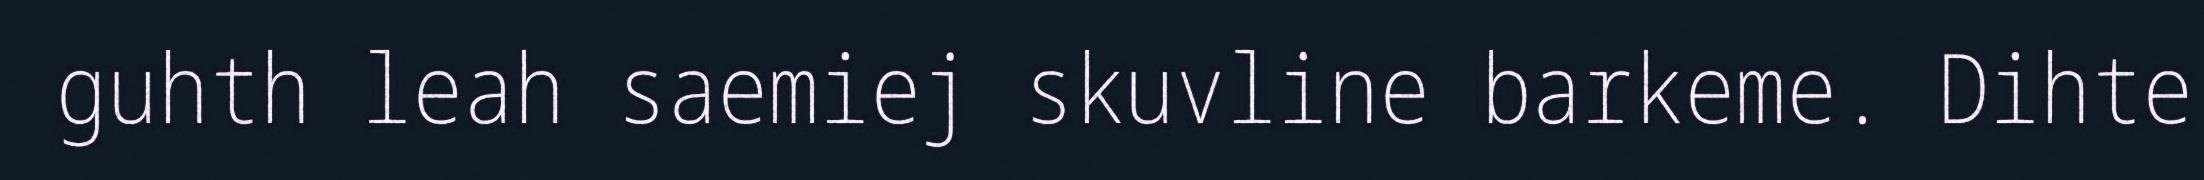
guhth leah saemiej skuvline barkeme. Dihte